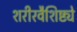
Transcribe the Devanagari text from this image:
शरीरवैशिष्ट्ये